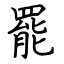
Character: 罷